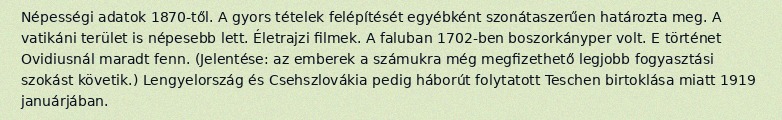
Népességi adatok 1870-től. A gyors tételek felépítését egyébként szonátaszerűen határozta meg. A vatikáni terület is népesebb lett. Életrajzi filmek. A faluban 1702-ben boszorkányper volt. E történet Ovidiusnál maradt fenn. (Jelentése: az emberek a számukra még megfizethető legjobb fogyasztási szokást követik.) Lengyelország és Csehszlovákia pedig háborút folytatott Teschen birtoklása miatt 1919 januárjában.